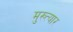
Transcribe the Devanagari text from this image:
मुख्त्यार